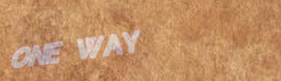
ONE WAY